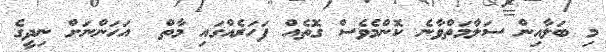
މި ބަލާއިން ސަލާމަތްވާނެ ކޮންމެވެސް ގޮތެއް ފަހަރެއްގައި މާތް  އަހަންނަށް ނިދީގެ